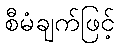
စီမံချက်ဖြင့်